Leaving Certificate Examination, 1915
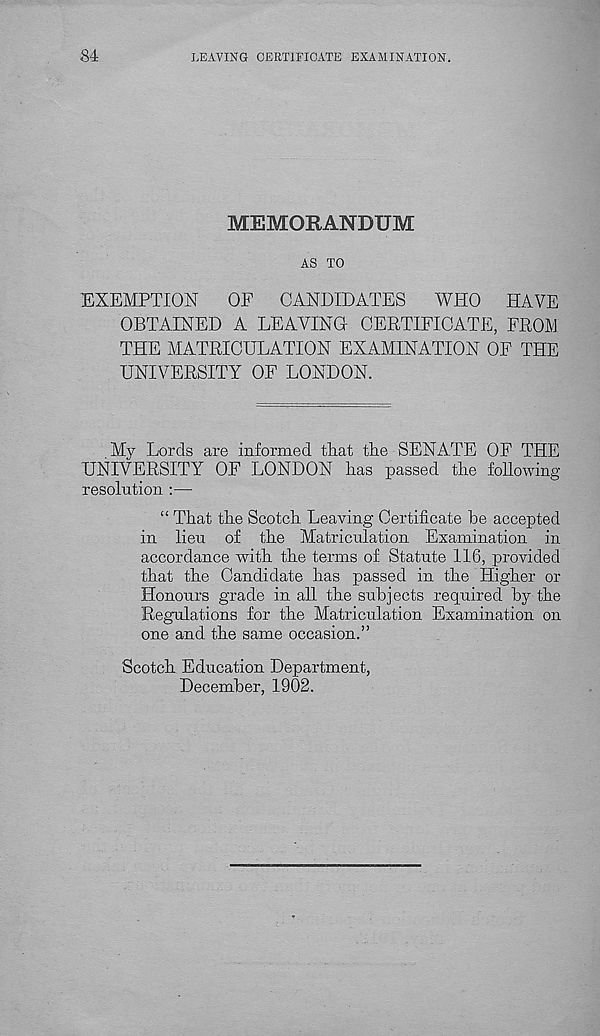
84
LEAVING CERTIFICATE EXAMINATION.
MEMORANDUM
AS TO
EXEMPTION
OF
CANDIDATES
WHO
HAVE
OBTAINED A LEAVING CERTIFICATE, FROM
THE MATRICULATION EXAMINATION OF THE
UNIVERSITY OF LONDON.
My Lords are informed that the SENATE OF THE
UNIVERSITY OF LONDON has passed the following-
resolution :—
“ That the Scotch Leaving Certificate be accepted
in lieu of the Matriculation Examination in
accordance with the terms of Statute 116, provided
that the Candidate has passed in the Higher or
Honours grade in all the subjects required by the
Regulations for the Matriculation Examination on
one and the same occasion.”
Scotch Education Department,
December, 1902.